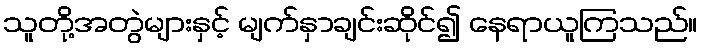
သူတို့အတွဲများနှင့် မျက်နှာချင်းဆိုင်၍ နေရာယူကြသည်။